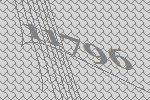
11796